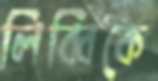
লিব্বিকে